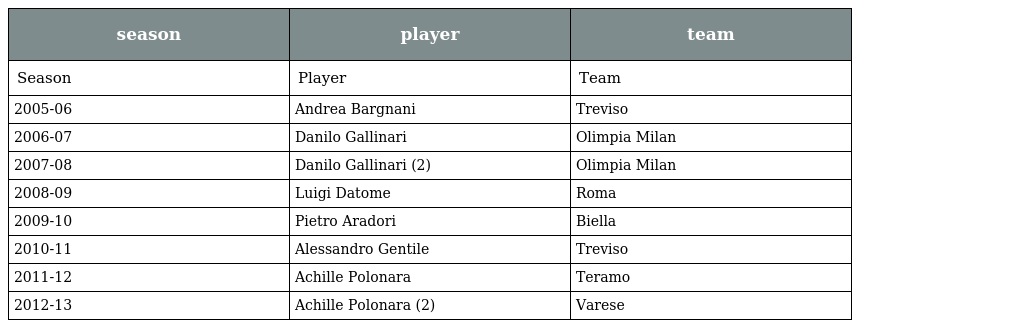
| season | player | team |
 | --- | --- | --- |
 | Season | Player | Team |
 | 2005-06 | Andrea Bargnani | Treviso |
 | 2006-07 | Danilo Gallinari | Olimpia Milan |
 | 2007-08 | Danilo Gallinari (2) | Olimpia Milan |
 | 2008-09 | Luigi Datome | Roma |
 | 2009-10 | Pietro Aradori | Biella |
 | 2010-11 | Alessandro Gentile | Treviso |
 | 2011-12 | Achille Polonara | Teramo |
 | 2012-13 | Achille Polonara (2) | Varese |